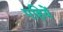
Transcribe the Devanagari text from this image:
पहियें